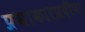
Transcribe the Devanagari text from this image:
प्रभाकारप्रदीप।